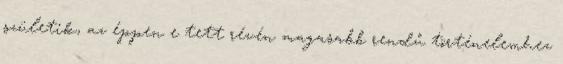
születik, az éppen e tett révén magasabb rendű történelemhez